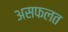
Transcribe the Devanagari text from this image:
असफलत